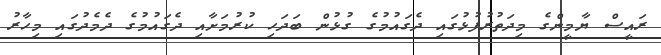
ރައީސް ޔާމީންގެ މިދަތުރުފުޅުގައި ދެގައުމުގެ ގުޅުން ބަދަހި ކުރުމަށާއި ދެގައުމުގެ ދެމެދުގައި މިހާރު